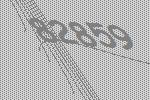
82859